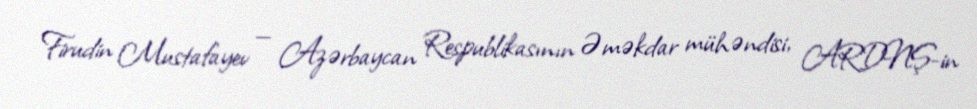
Firudin Mustafayev — Azərbaycan Respublikasının Əməkdar mühəndisi, ARDNŞ-in